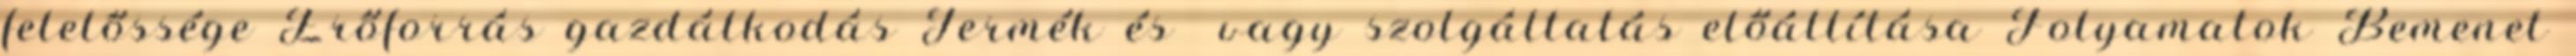
felelőssége Erőforrás gazdálkodás Termék és vagy szolgáltatás előállítása Folyamatok Bemenet